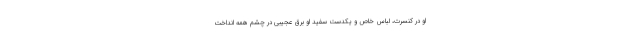
او در کنسرت، لباس خاص و یکدست سفید او برق عجیبی در چشم همه انداخت